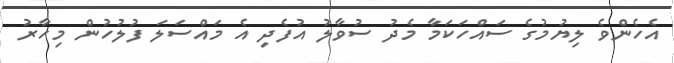
އެހެންވެ ލިޔުމުގެ ސައްހަކަމާ މެދު ސުވާލު އުފެދި އެ މައްސަލަ ފުލުހުން މިހާރު